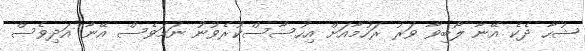
ޝުހާ ދެކެ އޭނާ ލޯބިވާ ވަރު ރަހުމާއަށް އިހުސާސްކުރެވުނު ނަމަވެސް އޭނާ އަދިވެސް